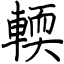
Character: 輭